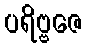
ပရိဗ္ဗဇေ